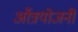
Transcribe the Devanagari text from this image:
आँत्रयोजनी